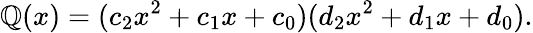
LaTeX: \mathbb{Q}(x)=(c_{2}x^{2}+c_{1}x+c_{0})(d_{2}x^{2}+d_{1}x+d_{0}).